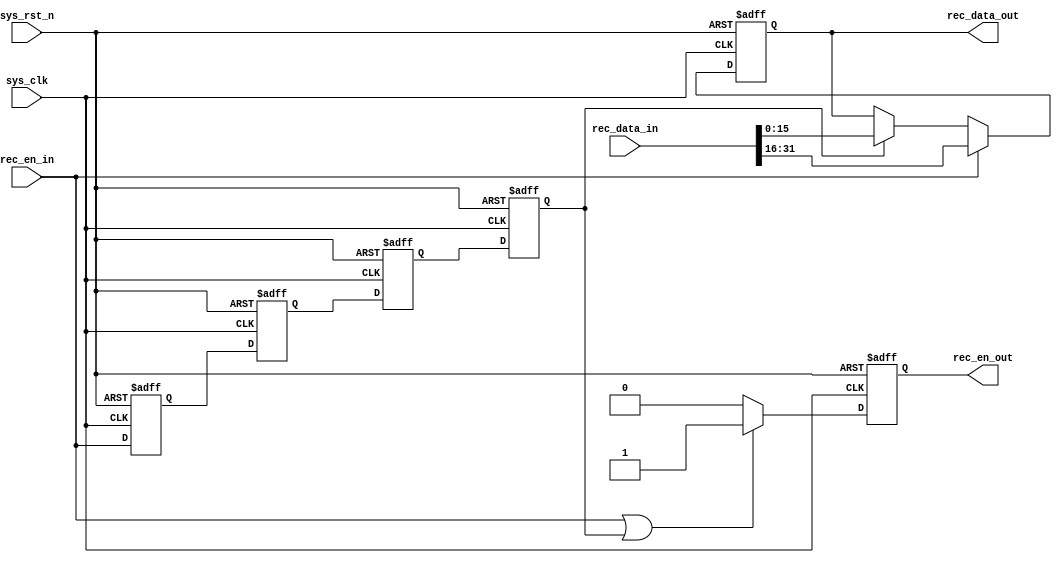
`timescale  1ns/1ns
////////////////////////////////////////////////////////////////////////
// Module Name   : data32_to_data16
// Project Name  : eth_hdmi_pic
// Target Devices: Altera EP4CE10F17C8N
// Tool Versions : Quartus 13.0
// Description   : 3216
// 
// Revision      : V1.0
// Additional Comments:
// 
// : _Pro_FPGA
//     : http://www.embedfire.com
//     : http://www.firebbs.cn
//     : https://fire-stm32.taobao.com
////////////////////////////////////////////////////////////////////////


module  data32_to_data16
(
    input   wire            sys_clk     ,   //
    input   wire            sys_rst_n   ,   //,
    input   wire            rec_en_in   ,   //32
    input   wire    [31:0]  rec_data_in ,   //32

    output  reg             rec_en_out  ,   //16
    output  reg     [15:0]  rec_data_out    //16
);


//********************************************************************//
//****************** Parameter and Internal Signal *******************//
//********************************************************************//
//reg   define
reg             rec_en_in_d1;
reg             rec_en_in_d2;
reg             rec_en_in_d3;
reg             rec_en_in_d4;   //32

//********************************************************************//
//***************************** Main Code ****************************//
//********************************************************************//
//rec_en_in_d1,rec_en_in_d2,rec_en_in_d3,rec_en_in_d4
//32
always@(posedge sys_clk or negedge sys_rst_n)
    if(sys_rst_n == 1'b0)
        begin
            rec_en_in_d1    <=  1'b0;
            rec_en_in_d2    <=  1'b0;
            rec_en_in_d3    <=  1'b0;
            rec_en_in_d4    <=  1'b0;
        end
    else
        begin
            rec_en_in_d1    <=  rec_en_in;
            rec_en_in_d2    <=  rec_en_in_d1;
            rec_en_in_d3    <=  rec_en_in_d2;
            rec_en_in_d4    <=  rec_en_in_d3;
        end

//rec_en_out:16
always@(posedge sys_clk or negedge sys_rst_n)
    if(sys_rst_n == 1'b0)
        rec_en_out  <=  1'b0;
    else    if((rec_en_in == 1'b1) || (rec_en_in_d4 == 1'b1))
        rec_en_out  <=  1'b1;
    else
        rec_en_out  <=  1'b0;

//rec_data_out:16
always@(posedge sys_clk or negedge sys_rst_n)
    if(sys_rst_n == 1'b0)
        rec_data_out <= 16'b0;
    else    if(rec_en_in == 1'b1)
        rec_data_out <= rec_data_in[31:16];
    else    if(rec_en_in_d4 == 1'b1)
        rec_data_out <= rec_data_in[15:0];
    else
        rec_data_out <= rec_data_out;

endmodule